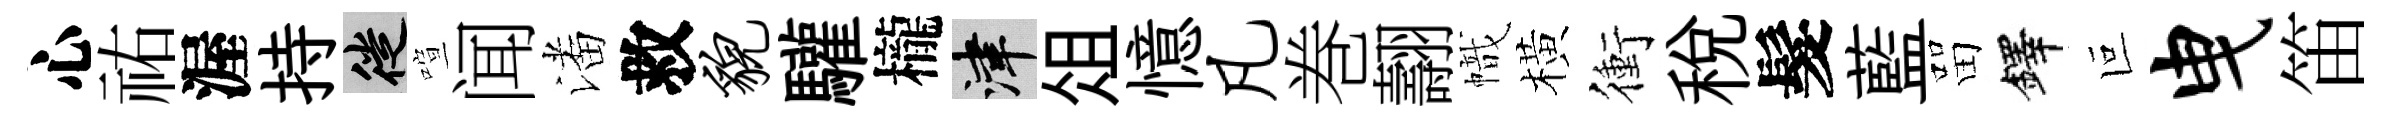
心祐渥持徙喧闻潘救貌驩櫳津俎憶凡巻翿幟橫衝税髮藍㽞鐸叵曳笛